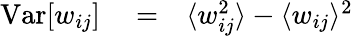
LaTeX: \begin{array}{rlr}{\textrm{Var}[w_{ij}]}&{{}=}&{\langle w_{ij}^{2}\rangle-\langle w_{ij}\rangle^{2}}\end{array}